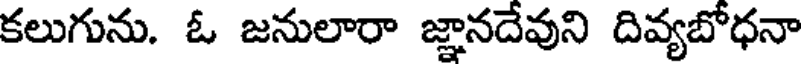
కలుగును. ఓ జనులారా జ్ఞానదేవుని దివ్యబోధనా